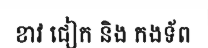
ខាវ ជៀក និង កងទ័ព